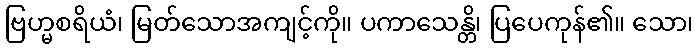
ဗြဟ္မစရိယံ၊ မြတ်သောအကျင့်ကို။ ပကာသေန္တိ၊ ပြပေကုန်၏။ သော၊